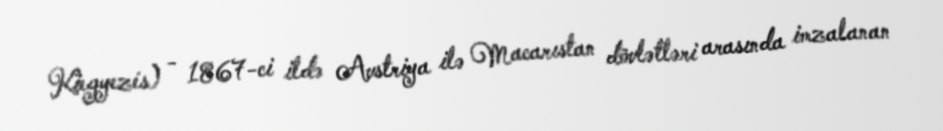
Kiegyezés) - 1867-ci ildə Avstriya ilə Macarıstan dövlətləri arasında imzalanan